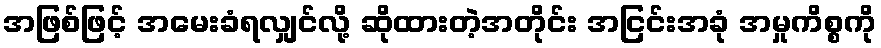
အဖြစ်ဖြင့် အမေးခံရလျှင်လို့ ဆိုထားတဲ့အတိုင်း အငြင်းအခုံ အမှုကိစ္စကို